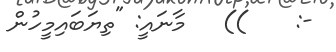
-:    ))   މާނައީ: "ތިޔަބައިމީހުން